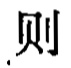
则